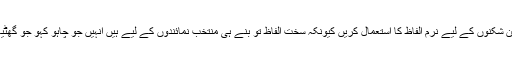
سیانوں کی طرف سے کہا جاتا ہے کہ آئین شکنوں کے لیے نرم الفاظ کا استعمال کریں کیونکہ سخت الفاظ تو بنے ہی منتخب نمائندوں کے لیے ہیں انہیں جو چاہو کہو جو گھٹیا الفاظ چاہو لکھو کوئی پوچھنے والا نہیں۔